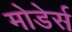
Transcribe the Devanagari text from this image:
मोडेर्स